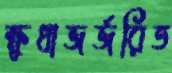
ক্ষুধাজর্জরিত